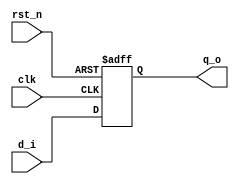
`timescale 1ns / 1ps
//////////////////////////////////////////////////////////////////////////////////
// Company: 
// Engineer: 
// 
// Design Name: 
// Module Name: d_ff_rst
// Project Name: 
// Target Devices: 
// Tool Versions: 
// Description: 
// 
// Dependencies: 
// 
// Revision:
// Revision 0.01 - File Created
// Additional Comments:
// 
//////////////////////////////////////////////////////////////////////////////////


module d_ff_rst
(
input d_i,
input rst_n,    // Active-low reset
input clk,
output q_o
);

reg q;

// always@(posedge clk) begin // Synchronous reset
always@(posedge clk, negedge rst_n) begin   // Asynchronous reset
    if (rst_n == 1'b0) begin
        q <= 1'b0;
    end
    else begin
        q <= d_i;    
    end    
end

assign q_o = q;

endmodule